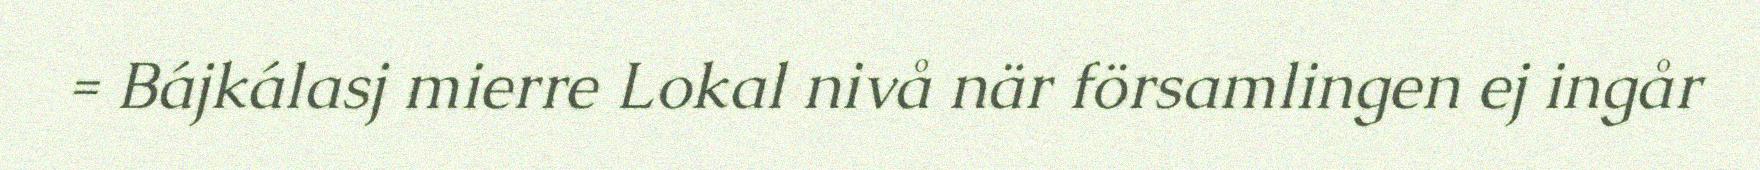
= Bájkálasj mierre Lokal nivå när församlingen ej ingår